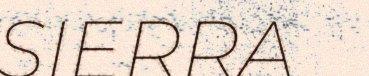
SIERRA